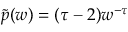
\tilde { p } ( w ) = ( \tau - 2 ) w ^ { - \tau }